Medical and sanitary report of the native army of Madras for the year
Year: 1872
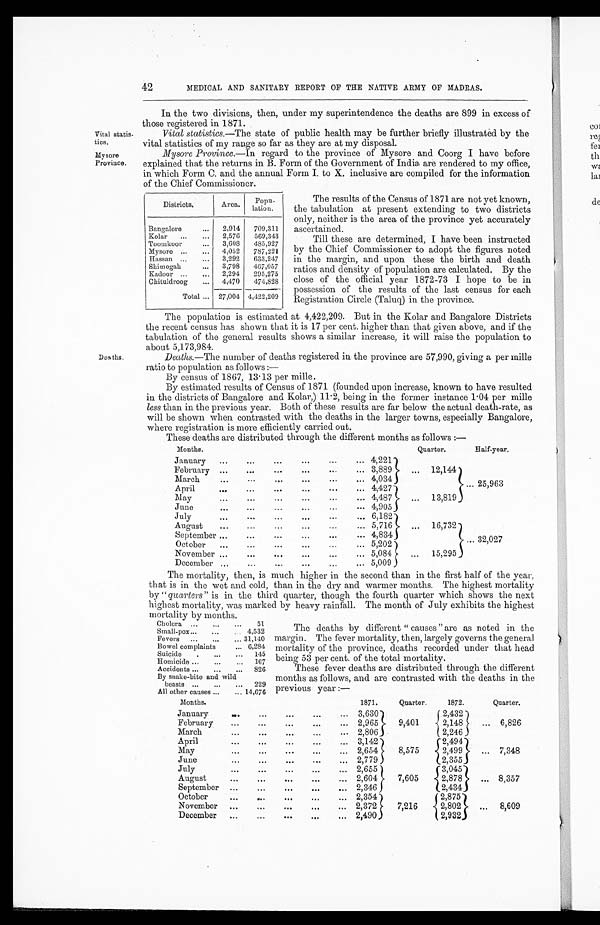
42
MEDICAL AND SANITARY REPORT OF THE NATIVE ARMY OF MADRAS.
Vital statis
tics.
My sore
Province.
In the two divisions, then, under my superintendence the deaths are 899 in excess of
those registered in 1871.
Vital statistics.—The state of public health may be further briefly illustrated by the
vital statistics of my range so far as they are at my disposal.
Mysore Province.—In regard to the province of Mysore and Coorg I have before
explained that the returns in B. Form of the Government of India are rendered to my office,
in which Form C. and the annual Form I. to X. inclusive are compiled for the information
of the Chief Commissioner.
Districts.
Area.
Population.
Bangalore
2,914
709,311
Kolar
2,576
569,343
Toomkoor
3,608
485,927
Mysore
4,052
787,221
Hassan
3,292
633,247
Shimogah
3,798
467,057
Kadoor
2,294
295,275
Chituldroog
4,470
474,828
Total
27,004 4,422,209
The results of the Census of 1871 are not yet known,
the tabulation at present extending to two districts
only, neither is the area of the province yet accurately
ascertained.
Till these are determined, I have been instructed
by the Chief Commissioner to adopt the figures noted
in the margin, and upon these the birth and death
ratios and density of population are calculated. By the
close of the official year 1872-73 I hope to be in
possession of the results of the last census for each
Registration Circle (Taluq) in the province.
Deaths.
The population is estimated at 4,422,209. But in the Kolar and Bangalore Districts
the recent census has shown that it is 17 per cent. higher than that given above, and if the
tabulation of the general results shows a similar increase, it will raise the population to
about 5,173,984.
Deaths.—The number of deaths registered in the province are 57,990, giving a per mille
ratio to population as follows :
—
By census of 1867, 13.13 per mille.
By estimated results of Census of 1871 (founded upon increase, known to have resulted
in the districts of Bangalore and Kolar,) 11.2, being in the former instance 1.04 per mille
less than in the previous year. Both of these results are far below the actual death-rate, as
will be shown when contrasted with the deaths in the larger towns, especially Bangalore,
where registration is more efficiently carried out.
These deaths are distributed through the different months as follows :—
Months.
Quarter.
H a l f - y e a r .
January
February
4,221
3,889
12,144
March
4,034
A p ril
4,427
.. 25,963
May
4,487
13,819
June
4,905
July
August
2,182}
5, 71
16,7•)..,
,,.
September
4,834
October
5,202
32,027
November
5,084
15,295
December
5,009 ,
The mortality, then, is much higher in the second than in the first half of the year,
that is in the wet and cold, than in the dry and warmer months. The highest mortality
by " quarters" is in the third quarter, though the fourth quarter which shows the next
highest mortality, was marked by heavy rainfall. The month of July exhibits the highest
morality, by months.
Cholera
51
Smallpox
4,532
Fevers
31,140
Bowel complaints
6,284
Suicide
145
Homicide
107
Accidents
826
By snake-bite and wild
beasts
229
All other causes
14,676
The deaths by different " causes " are as noted in the
margin. The fever mortality, then, largely governs the general
mortality of the province, deaths recorded under that head
being 53 per cent. of the total mortality.
These fever deaths are distributed through the different
months as follows, and are contrasted with the deaths in the
previous year :—
Months.
1871.
Quarter.
1872.
Quarter.
January
3,630
2,432
February
2,965
9,401
2,148
6,826
March
2,806 .
2, 246
April
3,142
2,494
May
2,654
8,575
2,4991 .. 7,348
June
2,779
2,355
July
2,655
3,045
August
224
7,205
2,878
8,357
September
2,346
2,434
October
2,354
2,875
November
2,372
7,216
2,802
8,609
December
2,490
2,932